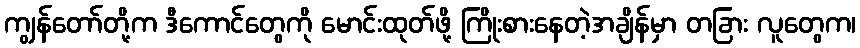
ကျွန်တော်တို့က ဒီကောင်တွေကို မောင်းထုတ်ဖို့ ကြိုးစားနေတဲ့အချိန်မှာ တခြား လူတွေက၊